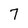
Character: 7